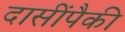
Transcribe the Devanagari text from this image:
दासींपैकी